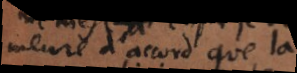
meure d’accord que la